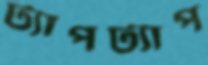
ট্যাপট্যাপ